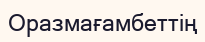
Оразмағамбеттің